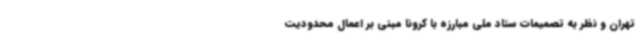
تهران و نظر به تصمیمات ستاد ملی مبارزه با کرونا مبنی بر اعمال محدودیت